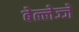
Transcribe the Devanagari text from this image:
बेल्लेज्जे